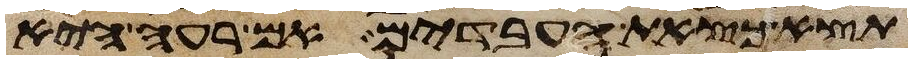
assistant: תצא כצאת העבדים אם רעה היא